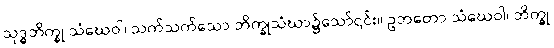
သုဒ္ဓဘိက္ခု သံဃေဝါ၊ သက်သက်သော ဘိက္ခုသံဃာ၌သော်၎င်း။ ဥဘတော သံဃေဝါ၊ ဘိက္ခု